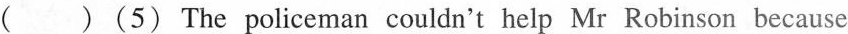
( )(5) The policeman couldn't help Mr Robinson because